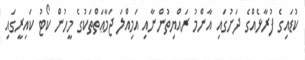
ކުޑައިގެ ފުރާޅެއްގެ ދަށުގައި އާންމު ރައްޔިތުންނާއި އަމިއްލަ ޖަމާޢަތްތަކުގެ މީހުން ކޯޓު ކައިރީގައި